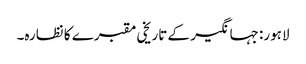
لاہور: جہانگیر کے تاریخی مقبرے کا نظارہ۔